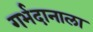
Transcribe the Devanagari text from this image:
गर्भदानाला